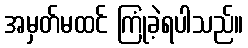
အမှတ်မထင် ကြုံခဲ့ရပါသည်။